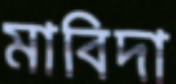
মাবিদা